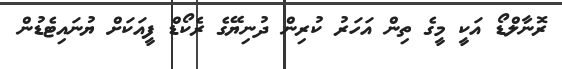
ރޮނާލްޑޯ އަކީ މީގެ ތިން އަހަރު ކުރިން ދުނިޔޭގެ ރެކޯޑް ފީއަކަށް ޔުނައިޓެޑުން